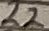
Text: 22